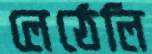
লেঠেলি